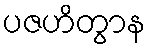
ပဇဟိတွာန